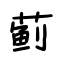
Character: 蓟